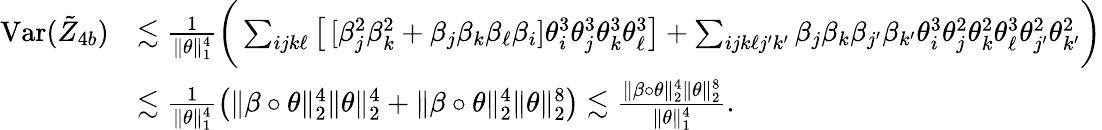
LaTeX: \begin{array}{rl}{\mathrm{Var}(\tilde{Z}_{4b})}&{\lesssim\frac{1}{\| \theta\| _{1}^{4}}\bigg(\sum_{ijk\ell}\big[\, [\beta_{j}^{2}\beta_{k}^{2}+\beta_{j}\beta_{k}\beta_{\ell}\beta_{i}]\theta_{i}^{3}\theta_{j}^{3}\theta_{k}^{3}\theta_{\ell}^{3}\big]+\sum_{ijk\ell j^{\prime}k^{\prime}}\beta_{j}\beta_{k}\beta_{j^{\prime}}\beta_{k^{\prime}}\theta_{i}^{3}\theta_{j}^{2}\theta_{k}^{2}\theta_{\ell}^{3}\theta_{j^{\prime}}^{2}\theta_{k^{\prime}}^{2}\bigg)}\\ &{\lesssim\frac{1}{\| \theta\| _{1}^{4}}\big(\| \beta\circ\theta\| _{2}^{4}\| \theta\| _{2}^{4}+\| \beta\circ\theta\| _{2}^{4}\| \theta\| _{2}^{8}\big)\lesssim\frac{\| \beta\circ\theta\| _{2}^{4}\| \theta\| _{2}^{8}}{\| \theta\| _{1}^{4}}.}\end{array}